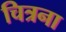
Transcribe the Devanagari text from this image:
चित्रना